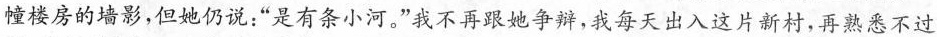
幢楼房的墙影，但她仍说：“是有条小河。”我不再跟她争辩，我每天出入这片新村，再熟悉不过